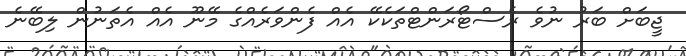
ޖީބަށް ބަރު ނުވެ ރެސްޓޯރަންޓްތަކެކޭ އެއް ފެންވަރެއްގެ މޭނޫ އެއް އެތަނުން ލިބޭނެ